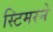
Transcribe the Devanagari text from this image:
स्टिमरने